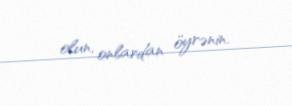
olun, onlardan öyrənin.